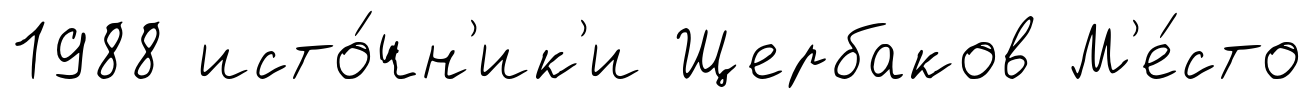
1988 исто́чн'ик'и Щербаков М'е́сто